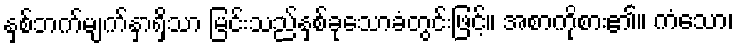
နှစ်ဘက်မျက်နှာရှိသာ မြင်းသည်နှစ်ခုသောခံတွင်းဖြင့်။ အစာကိုစား၏။ ကံသော၊